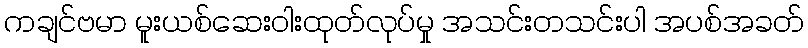
ကချင်ဗမာ မူးယစ်ဆေးဝါးထုတ်လုပ်မှု အသင်းတသင်းပါ အပစ်အခတ်